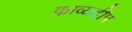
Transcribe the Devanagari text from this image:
काव्यदीप